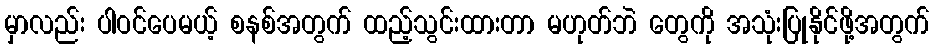
မှာလည်း ပါဝင်ပေမယ့် စနစ်အတွက် ထည့်သွင်းထားတာ မဟုတ်ဘဲ တွေကို အသုံးပြုနိုင်ဖို့အတွက်